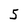
Character: 5